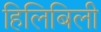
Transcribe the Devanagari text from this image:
हिलिबिली